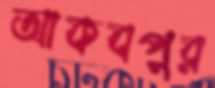
আকবপুর